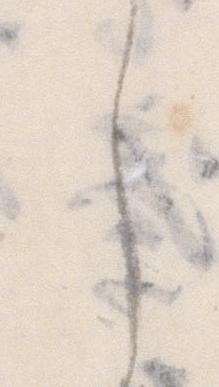
し